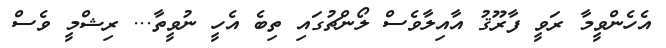
އެހެންވީމާ ރަވީ ފާރޫޤު އާއިލާވެސް ލޯންޗުގައި ތިބެ އެހީ ނުވީތާ... ރިޝްމީ ވެސް